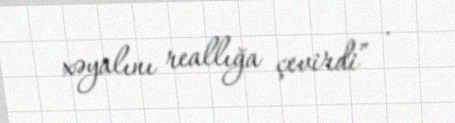
xəyalını reallığa çevirdi” .